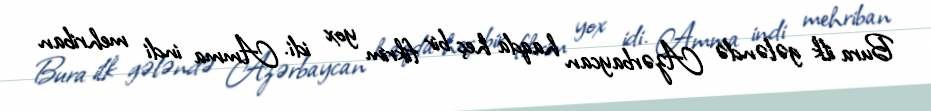
Bura ilk gələndə Azərbaycan haqda heç bir fikrim yox idi. Amma indi mehriban